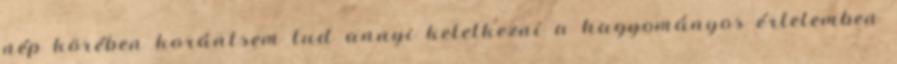
nép körében korántsem tud annyi keletkezni a hagyományos értelemben